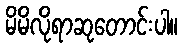
မိမိလိုရာဆုတောင်းပါ။